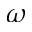
\omega